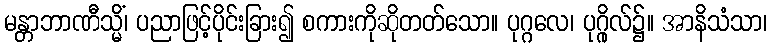
မန္တာဘာဏီသ္မိံ၊ ပညာဖြင့်ပိုင်းခြား၍ စကားကိုဆိုတတ်သော။ ပုဂ္ဂလေ၊ ပုဂ္ဂိုလ်၌။ အာနိသံသာ၊